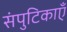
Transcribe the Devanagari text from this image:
संपुटिकाएँ